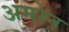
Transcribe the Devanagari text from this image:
अमरेन